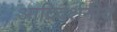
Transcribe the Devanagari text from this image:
आदिदर्शनीय